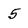
Character: 5